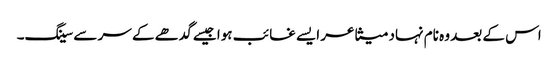
اس کے بعد وہ نام نہاد متشاعر ایسے غائب ہوا جیسے گدھے کے سر سے سینگ۔